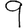
Digit: 9